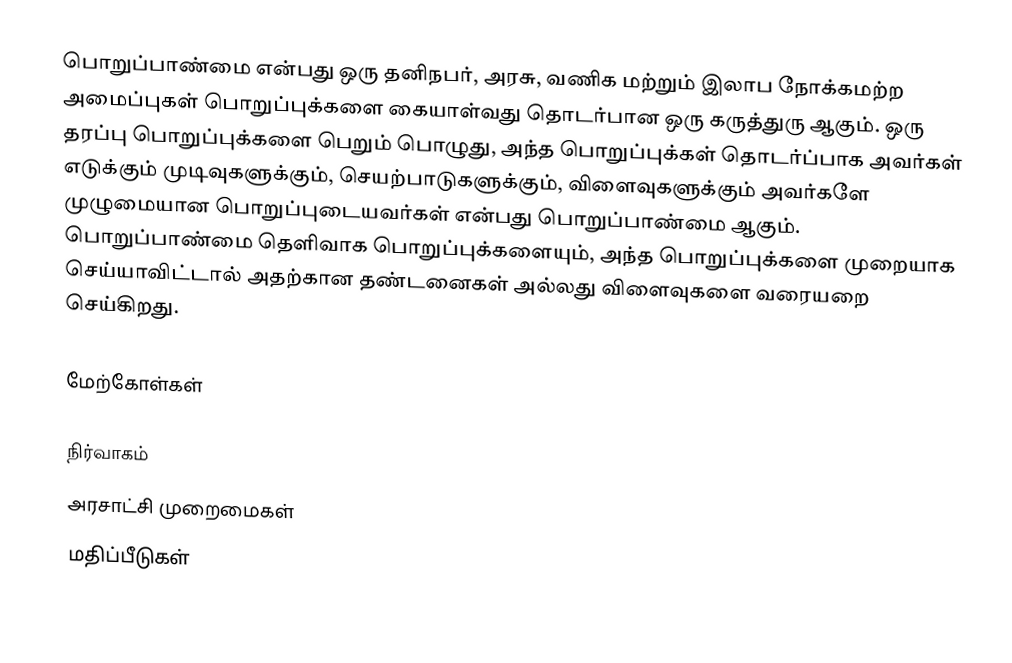
பொறுப்பாண்மை என்பது ஒரு தனிநபர், அரசு, வணிக மற்றும் இலாப நோக்கமற்ற அமைப்புகள் பொறுப்புக்களை கையாள்வது தொடர்பான ஒரு கருத்துரு ஆகும்.  ஒரு தரப்பு பொறுப்புக்களை பெறும் பொழுது, அந்த பொறுப்புக்கள் தொடர்ப்பாக அவர்கள் எடுக்கும் முடிவுகளுக்கும், செயற்பாடுகளுக்கும், விளைவுகளுக்கும் அவர்களே முழுமையான பொறுப்புடையவர்கள் என்பது பொறுப்பாண்மை ஆகும்.  பொறுப்பாண்மை தெளிவாக பொறுப்புக்களையும், அந்த பொறுப்புக்களை முறையாக செய்யாவிட்டால் அதற்கான தண்டனைகள் அல்லது விளைவுகளை வரையறை செய்கிறது.

மேற்கோள்கள்

நிர்வாகம்
அரசாட்சி முறைமைகள்
மதிப்பீடுகள்